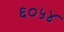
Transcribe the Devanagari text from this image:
६०५४